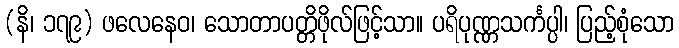
(နိ၊ ၁၇၉) ဖလေနေဝ၊ သောတာပတ္တိဖိုလ်ဖြင့်သာ။ ပရိပုဏ္ဏသင်္ကပ္ပါ၊ ပြည့်စုံသော